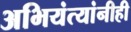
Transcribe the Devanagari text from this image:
अभियंत्यांनीही